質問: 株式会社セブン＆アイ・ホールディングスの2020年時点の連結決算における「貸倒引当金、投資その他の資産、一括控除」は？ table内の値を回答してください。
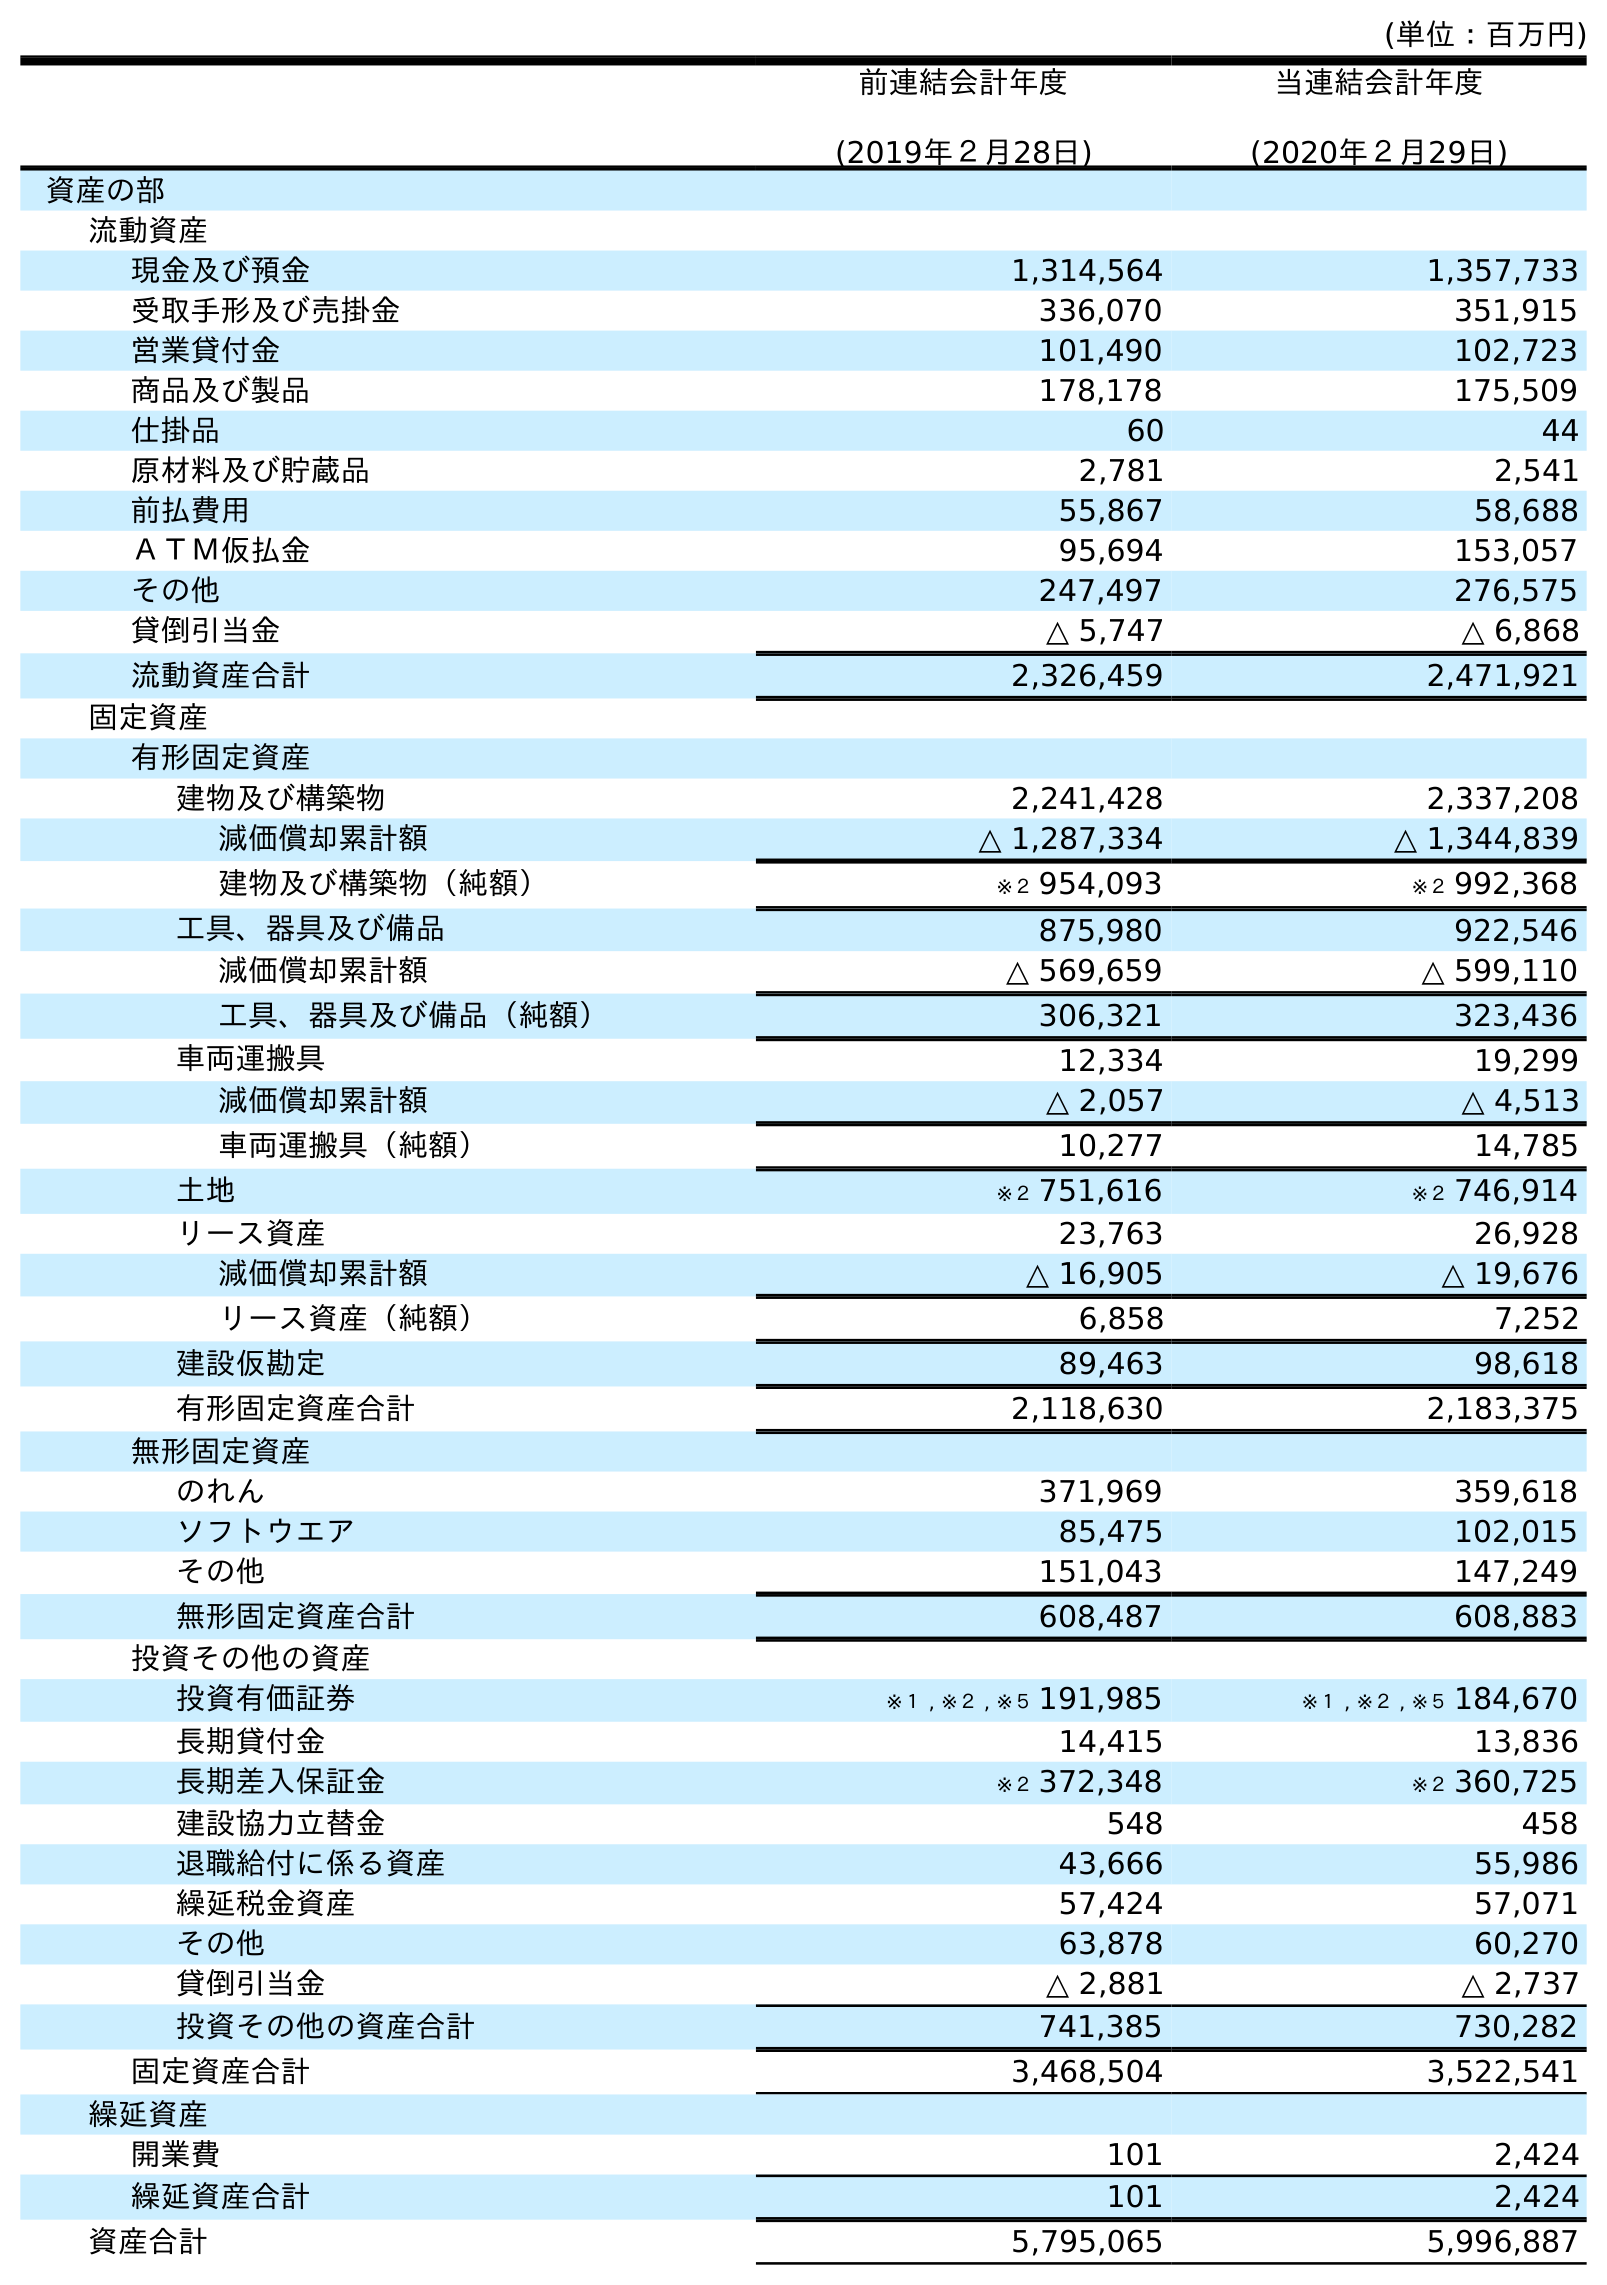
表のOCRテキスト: (単位：百万円) 前連結会計年度 (2019年２月28日) 当連結会計年度 (2020年２月29日) 資産の部 流動資産 現金及び預金 1,314,564 1,357,733 受取手形及び売掛金 336,070 351,915 営業貸付金 101,490 102,723 商品及び製品 178,178 175,509 仕掛品 60 44 原材料及び貯蔵品 2,781 2,541 前払費用 55,867 58,688 ＡＴＭ仮払金 95,694 153,057 その他 247,497 276,575 貸倒引当金 △ 5,747 △ 6,868 流動資産合計 2,326,459 2,471,921 固定資産 有形固定資産 建物及び構築物 2,241,428 2,337,208 減価償却累計額 △ 1,287,334 △ 1,344,839 建物及び構築物（純額） ※２ 954,093 ※２ 992,368 工具、器具及び備品 875,980 922,546 減価償却累計額 △ 569,659 △ 599,110 工具、器具及び備品（純額） 306,321 323,436 車両運搬具 12,334 19,299 減価償却累計額 △ 2,057 △ 4,513 車両運搬具（純額） 10,277 14,785 土地 ※２ 751,616 ※２ 746,914 リース資産 23,763 26,928 減価償却累計額 △ 16,905 △ 19,676 リース資産（純額） 6,858 7,252 建設仮勘定 89,463 98,618 有形固定資産合計 2,118,630 2,183,375 無形固定資産 のれん 371,969 359,618 ソフトウエア 85,475 102,015 その他 151,043 147,249 無形固定資産合計 608,487 608,883 投資その他の資産 投資有価証券 ※１ , ※２ , ※５ 191,985 ※１ , ※２ , ※５ 184,670 長期貸付金 14,415 13,836 長期差入保証金 ※２ 372,348 ※２ 360,725 建設協力立替金 548 458 退職給付に係る資産 43,666 55,986 繰延税金資産 57,424 57,071 その他 63,878 60,270 貸倒引当金 △ 2,881 △ 2,737 投資その他の資産合計 741,385 730,282 固定資産合計 3,468,504 3,522,541 繰延資産 開業費 101 2,424 繰延資産合計 101 2,424 資産合計 5,795,065 5,996,887
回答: △2,737